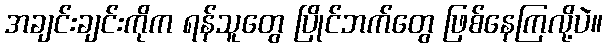
အချင်းချင်းကိုက ရန်သူတွေ ပြိုင်ဘက်တွေ ဖြစ်နေကြလို့ပဲ။